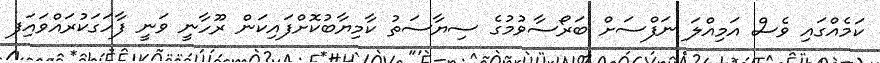
ކަމެއްގައި ވެސް އަމިއްލަ ނަފްސަށް ބަރޯސާވުމުގެ ސިޔާސަތު ކާމިޔާބުކޮށްފައިކަން ރޫހާނީ ވަނީ ފާހަގަކުރައްވައިަފ